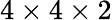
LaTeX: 4\times 4\times 2